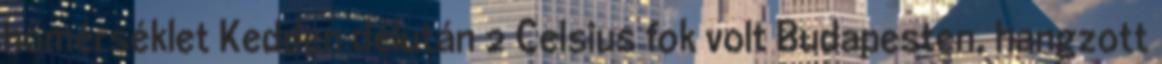
hőmérséklet Kedden délután 2 Celsius fok volt Budapesten, hangzott